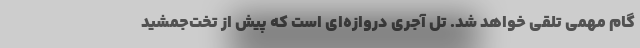
گام مهمی تلقی خواهد شد. تُل آجری دروازه‌ای است که پیش از تخت‌جمشید